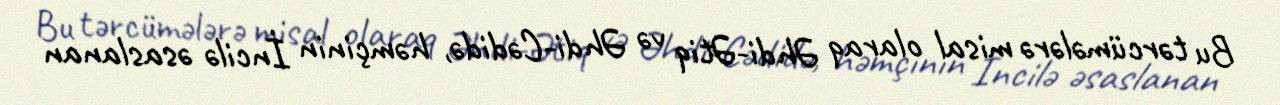
Bu tərcümələrə misal olaraq Əhdi-Ətiq və Əhdi-Cədidə, həmçinin İncilə əsaslanan